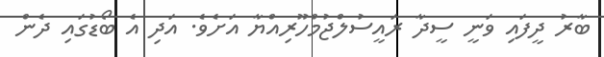
ބާރު ދީފައި ވަނީ ސީދާ ރައީސުލްޖުމްހޫރިއްޔާ އަށެވެ. އަދި އެ ބޯޑުގައި ދެން